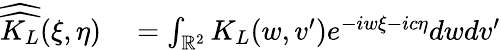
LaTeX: \begin{array}{rl}{\widehat{\widehat{K_{L}}}(\xi,\eta)}&{{}=\int_{\mathbb R^{2}}K_{L}(w,v^{\prime})e^{-iw\xi-ic\eta}dwdv^{\prime}}\end{array}